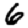
Digit: 6